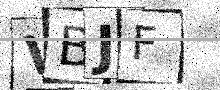
Text: VBJF